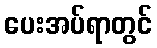
ပေးအပ်ရာတွင်